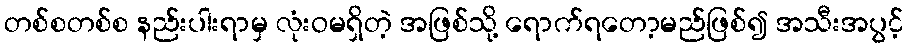
တစ်စတစ်စ နည်းပါးရာမှ လုံးဝမရှိတဲ့ အဖြစ်သို့ ရောက်ရတော့မည်ဖြစ်၍ အသီးအပွင့်